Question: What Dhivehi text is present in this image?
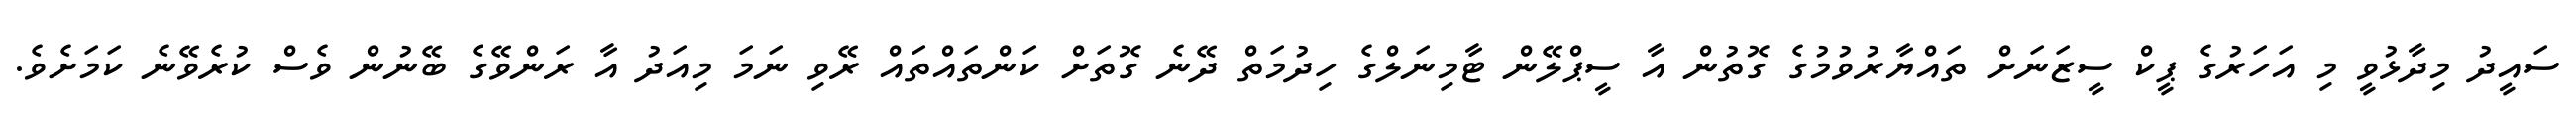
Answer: ސައީދު މިދާޅުވީ މި އަހަރުގެ ޕީކް ސީޒަނަށް ތައްޔާރުވުމުގެ ގޮތުން އާ ސީޕްލޭން ޓާމިނަލްގެ ހިދުމަތް ދޭނެ ގޮތަށް ކަންތައްތައް ރޭވި ނަމަ މިއަދު އާ ރަންވޭގެ ބޭނުން ވެސް ކުރެވޭނެ ކަމަށެވެ.